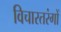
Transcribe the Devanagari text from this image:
विचारतरंगों